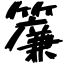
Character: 簾